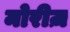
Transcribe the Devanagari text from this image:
मोरीज़